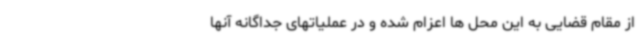
از مقام قضایی به این محل ها اعزام شده و در عملیاتهای جداگانه آنها